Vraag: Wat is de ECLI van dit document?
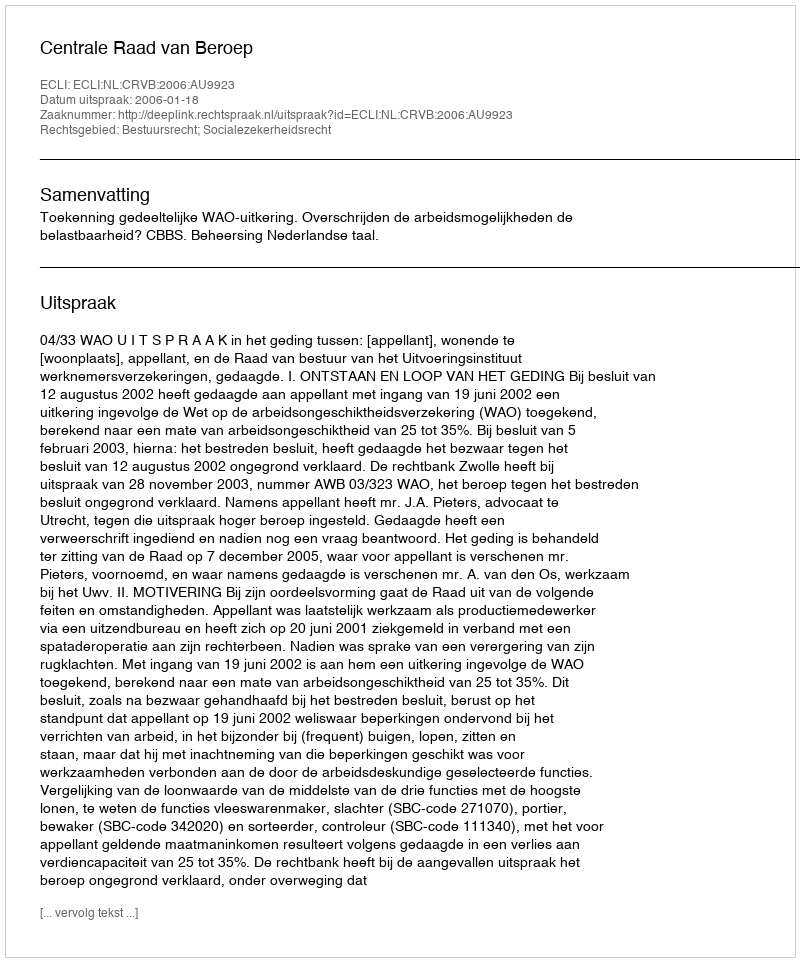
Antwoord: ECLI:NL:CRVB:2006:AU9923